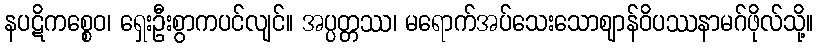
နပဋိကစ္စေဝ၊ ရှေးဦးစွာကပင်လျင်။ အပ္ပတ္တဿ၊ မရောက်အပ်သေးသောဈာန်ဝိပဿနာမဂ်ဖိုလ်သို့။